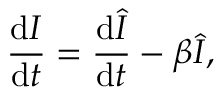
\frac { \mathrm { d } I } { \mathrm { d } t } = \frac { \mathrm { d } \hat { I } } { \mathrm { d } t } - \beta \hat { I } ,